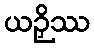
ယဉှိဿ